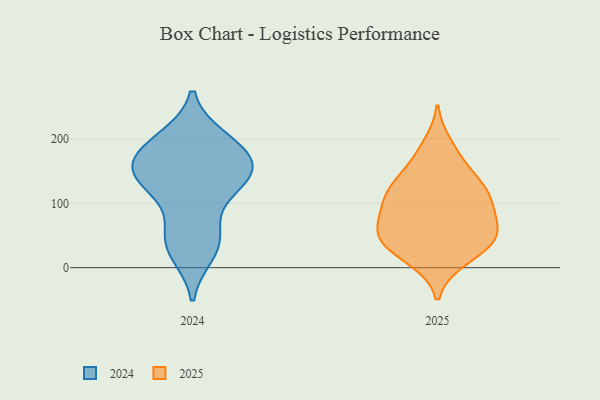
{"axis": {"x": "Shipments", "y": "Value"}, "legend": ["2024", "2025"], "data": [{"x": "", "y": 23, "type": "2024"}, {"x": "", "y": 179, "type": "2024"}, {"x": "", "y": 49, "type": "2024"}, {"x": "", "y": 151, "type": "2024"}, {"x": "", "y": 183, "type": "2024"}, {"x": "", "y": 156, "type": "2024"}, {"x": "", "y": 148, "type": "2024"}, {"x": "", "y": 120, "type": "2024"}, {"x": "", "y": 199, "type": "2024"}, {"x": "", "y": 31, "type": "2024"}, {"x": "", "y": 57, "type": "2024"}, {"x": "", "y": 200, "type": "2024"}, {"x": "", "y": 160, "type": "2024"}, {"x": "", "y": 132, "type": "2024"}, {"x": "", "y": 130, "type": "2024"}, {"x": "", "y": 126, "type": "2025"}, {"x": "", "y": 34, "type": "2025"}, {"x": "", "y": 107, "type": "2025"}, {"x": "", "y": 97, "type": "2025"}, {"x": "", "y": 44, "type": "2025"}, {"x": "", "y": 140, "type": "2025"}, {"x": "", "y": 48, "type": "2025"}, {"x": "", "y": 49, "type": "2025"}, {"x": "", "y": 43, "type": "2025"}, {"x": "", "y": 54, "type": "2025"}, {"x": "", "y": 88, "type": "2025"}, {"x": "", "y": 192, "type": "2025"}, {"x": "", "y": 106, "type": "2025"}, {"x": "", "y": 124, "type": "2025"}, {"x": "", "y": 143, "type": "2025"}, {"x": "", "y": 83, "type": "2025"}, {"x": "", "y": 11, "type": "2025"}, {"x": "", "y": 13, "type": "2025"}, {"x": "", "y": 65, "type": "2025"}, {"x": "", "y": 175, "type": "2025"}]}